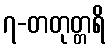
၇-တတုတ္တရိ